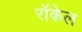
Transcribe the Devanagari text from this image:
राॅकेल